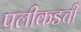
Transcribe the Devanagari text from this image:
पलीकडची